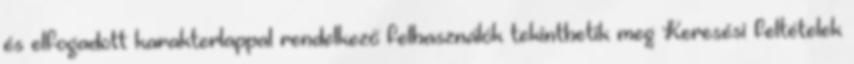
és elfogadott karakterlappal rendelkező felhasználók tekinthetik meg Keresési feltételek